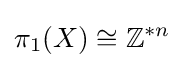
\pi _{1}(X)\cong \mathbb {Z} ^{*n}